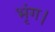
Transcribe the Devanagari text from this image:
भृंग।